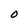
Character: O